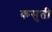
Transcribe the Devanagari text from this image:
कसुती